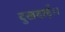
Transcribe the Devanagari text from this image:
दुखदाई।।